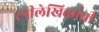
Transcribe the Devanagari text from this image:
स्त्रीलेखिकांची